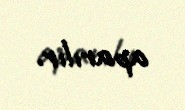
aparılır.